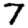
Digit: 7